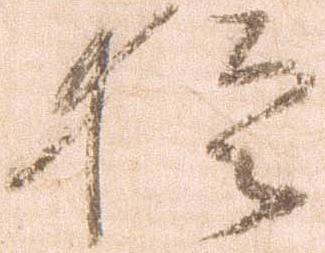
於